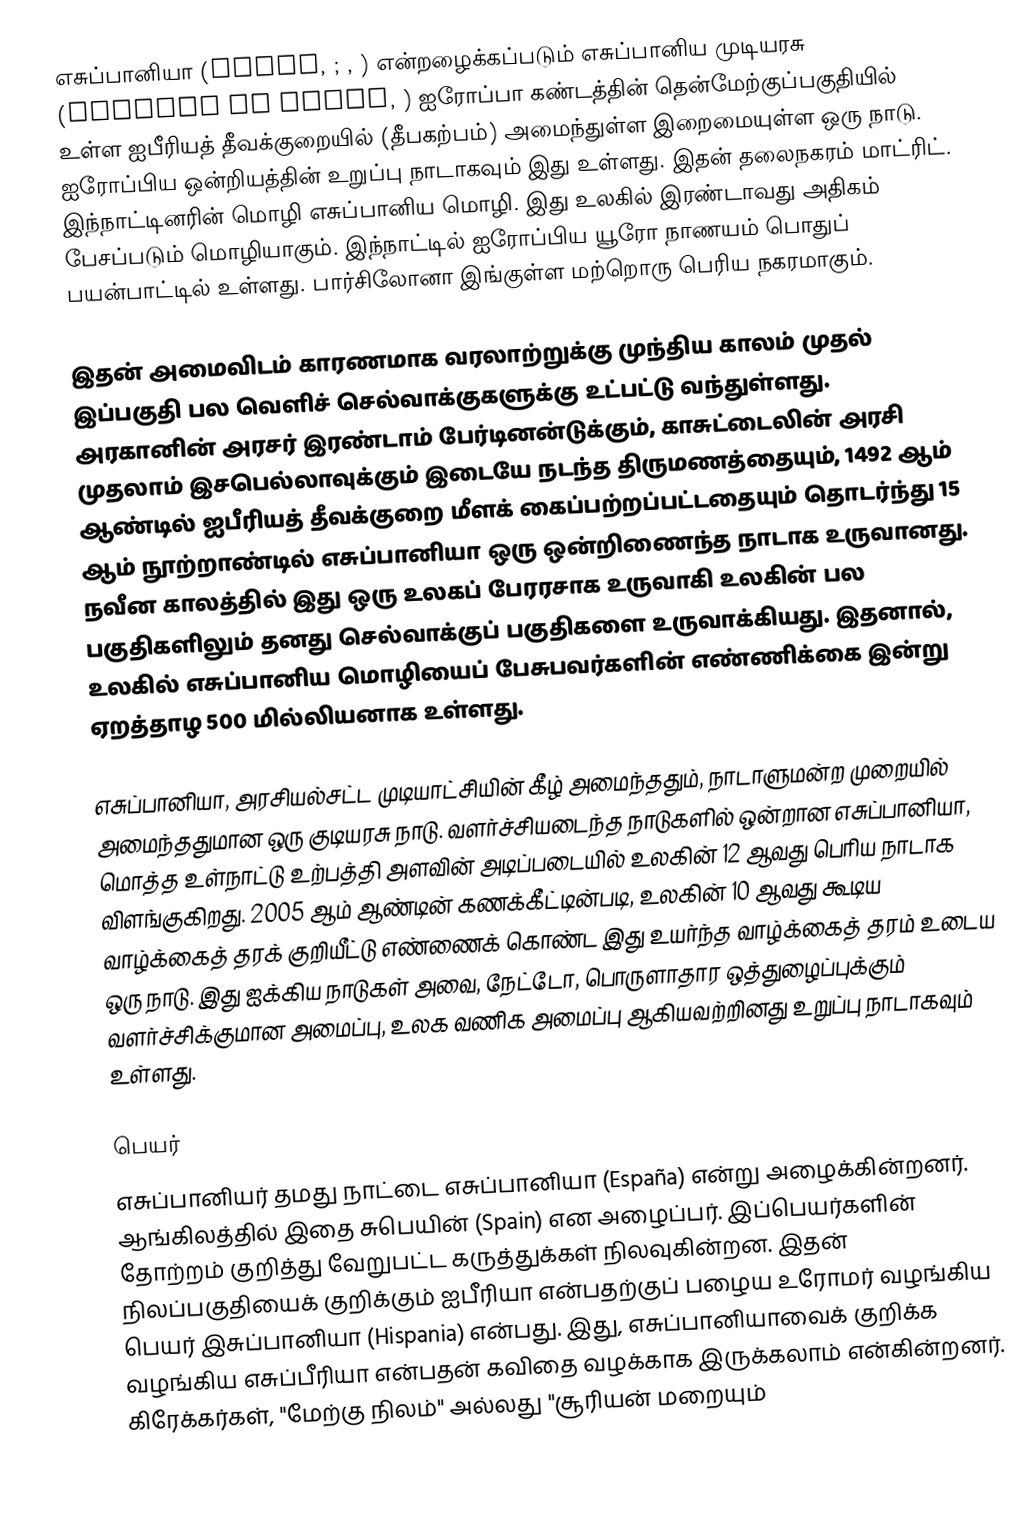
எசுப்பானியா (Spain,  ; , ) என்றழைக்கப்படும் எசுப்பானிய முடியரசு (Kingdom of Spain, ) ஐரோப்பா கண்டத்தின் தென்மேற்குப்பகுதியில் உள்ள ஐபீரியத் தீவக்குறையில் (தீபகற்பம்) அமைந்துள்ள இறைமையுள்ள ஒரு நாடு. ஐரோப்பிய ஒன்றியத்தின் உறுப்பு நாடாகவும் இது உள்ளது. இதன் தலைநகரம் மாட்ரிட். இந்நாட்டினரின் மொழி எசுப்பானிய மொழி. இது உலகில் இரண்டாவது அதிகம் பேசப்படும் மொழியாகும். இந்நாட்டில் ஐரோப்பிய யூரோ நாணயம் பொதுப் பயன்பாட்டில் உள்ளது. பார்சிலோனா இங்குள்ள மற்றொரு பெரிய நகரமாகும்.

இதன் அமைவிடம் காரணமாக வரலாற்றுக்கு முந்திய காலம் முதல் இப்பகுதி பல வெளிச் செல்வாக்குகளுக்கு உட்பட்டு வந்துள்ளது. அரகானின் அரசர் இரண்டாம் பேர்டினன்டுக்கும், காசுட்டைலின் அரசி முதலாம் இசபெல்லாவுக்கும் இடையே நடந்த திருமணத்தையும், 1492 ஆம் ஆண்டில் ஐபீரியத் தீவக்குறை மீளக் கைப்பற்றப்பட்டதையும் தொடர்ந்து 15 ஆம் நூற்றாண்டில் எசுப்பானியா ஒரு ஒன்றிணைந்த நாடாக உருவானது. நவீன காலத்தில் இது ஒரு உலகப் பேரரசாக உருவாகி உலகின் பல பகுதிகளிலும் தனது செல்வாக்குப் பகுதிகளை உருவாக்கியது. இதனால், உலகில் எசுப்பானிய மொழியைப் பேசுபவர்களின் எண்ணிக்கை இன்று ஏறத்தாழ 500 மில்லியனாக உள்ளது.

எசுப்பானியா, அரசியல்சட்ட முடியாட்சியின் கீழ் அமைந்ததும், நாடாளுமன்ற முறையில் அமைந்ததுமான ஒரு குடியரசு நாடு. வளர்ச்சியடைந்த நாடுகளில் ஒன்றான எசுப்பானியா, மொத்த உள்நாட்டு உற்பத்தி அளவின் அடிப்படையில் உலகின் 12 ஆவது பெரிய நாடாக விளங்குகிறது. 2005 ஆம் ஆண்டின் கணக்கீட்டின்படி, உலகின் 10 ஆவது கூடிய வாழ்க்கைத் தரக் குறியீட்டு எண்ணைக் கொண்ட இது உயர்ந்த வாழ்க்கைத் தரம் உடைய ஒரு நாடு. இது ஐக்கிய நாடுகள் அவை, நேட்டோ, பொருளாதார ஒத்துழைப்புக்கும் வளர்ச்சிக்குமான அமைப்பு, உலக வணிக அமைப்பு ஆகியவற்றினது உறுப்பு நாடாகவும் உள்ளது.

பெயர்
எசுப்பானியர் தமது நாட்டை எசுப்பானியா (España) என்று அழைக்கின்றனர். ஆங்கிலத்தில் இதை சுபெயின் (Spain) என அழைப்பர். இப்பெயர்களின் தோற்றம் குறித்து வேறுபட்ட கருத்துக்கள் நிலவுகின்றன. இதன் நிலப்பகுதியைக் குறிக்கும் ஐபீரியா என்பதற்குப் பழைய உரோமர் வழங்கிய பெயர் இசுப்பானியா (Hispania) என்பது. இது, எசுப்பானியாவைக் குறிக்க வழங்கிய எசுப்பீரியா என்பதன் கவிதை வழக்காக இருக்கலாம் என்கின்றனர். கிரேக்கர்கள், "மேற்கு நிலம்" அல்லது "சூரியன் மறையும்